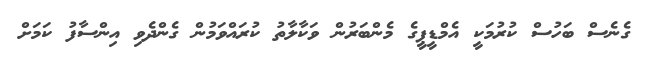
ގެނެސް ބަހުސް ކުރުމަކީ އެމްޑީޕީގެ މެންބަރުން ވަކާލާތު ކުރައްވަމުން ގެންދެވި އިންސާފު ކަމަށް